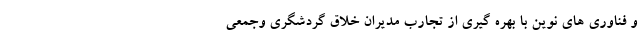
و فناوری های نوین با بهره گیری از تجارب مدیران خلاق گردشگری وجمعی